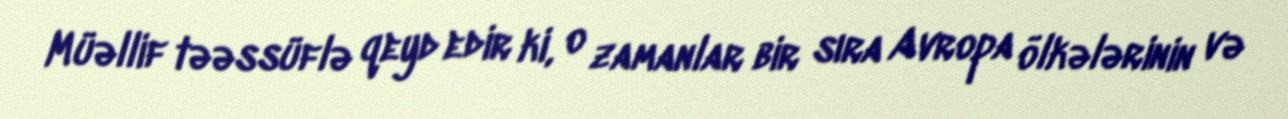
Müəllif təəssüflə qeyd edir ki, o zamanlar bir sıra Avropa ölkələrinin və